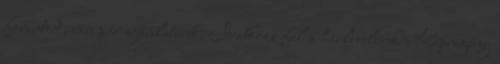
forintod, van pár ajánlatunk. Iratkozz fel a hirlevelünkre Képregény